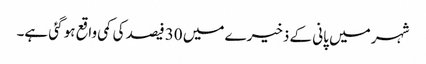
شہر میں پانی کے ذخیرے میں 30 فیصد کی کمی واقع ہو گئی ہے۔